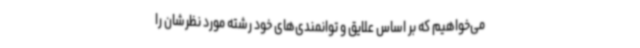
می‌خواهیم که بر اساس علایق و توانمندی‌های خود رشته مورد نظرشان را